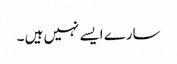
سارے ایسے نہیں ہیں ۔